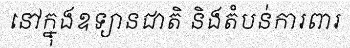
នៅក្នុងឧទ្យានជាតិ និងតំបន់ការពារ